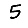
Digit: 5